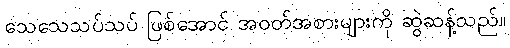
သေသေသပ်သပ် ဖြစ်အောင် အဝတ်အစားများကို ဆွဲဆန့်သည်။